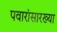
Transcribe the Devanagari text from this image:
पवारांसारख्या